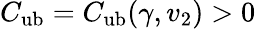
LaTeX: C_{\mathrm{ub}}=C_{\mathrm{ub}}(\gamma,v_{2})>0